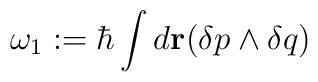
\omega_1:= \hbar\int d{\bf r}(\delta p\wedge \delta q)